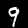
Digit: 9